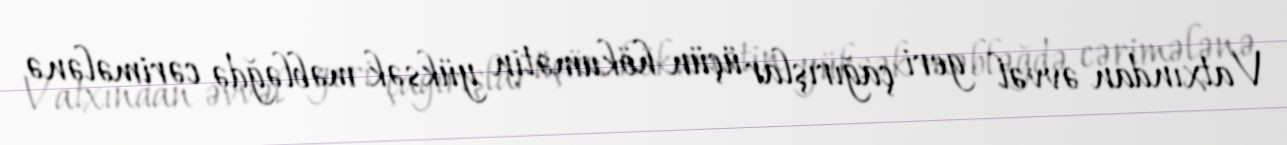
Vatxından əvvəl geri çağırışlar üçün hökumətin yüksək məbləğdə cərimələnə